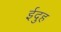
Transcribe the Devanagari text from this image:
ईदुह